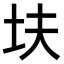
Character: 𫭝